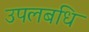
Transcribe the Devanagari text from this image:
उपलबधि